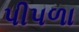
પીપળા